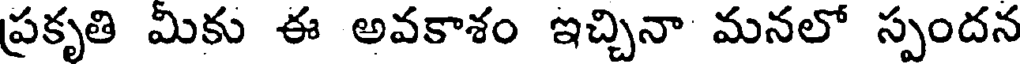
ప్రకృతి మికు ఈ అవకాశం ఇచ్చినా మనలో స్పందన